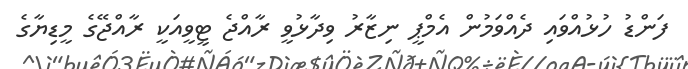
ފަންޑު ހުޅުއްވައި ދެއްވަމުން އެމްޕީ ނިޒާރު ވިދާޅުވީ ރާއްޖެ ޓީވީއަކީ ރާއްޖޭގެ މީޑިޔާގެ